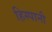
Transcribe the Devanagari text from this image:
हिस्पानी